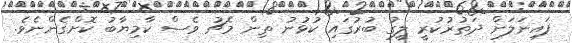
ފައިނަލަށް ދަތުރުކުރީ ލީގު ބުރުގައި ކުޅުނު ތިން މެޗު ވެސް ކާމިޔާބު ކޮށްގެންނެވެ.